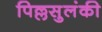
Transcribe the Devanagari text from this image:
पिल्लसुलंकी